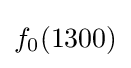
f_{0}(1300)